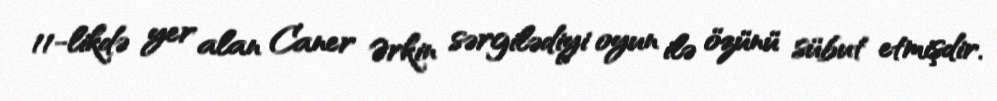
11-likdə yer alan Caner Ərkin sərgilədiyi oyun ilə özünü sübut etmişdir.